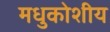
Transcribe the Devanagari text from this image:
मधुकोशीय